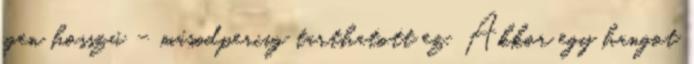
igen hosszú – másodpercig tarthatott ez. Akkor egy hangot